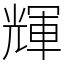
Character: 輝